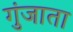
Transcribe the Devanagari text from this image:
गुंजाता